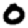
Digit: 0